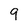
Character: 9